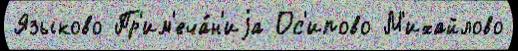
Языково Пр'им'еча́н'иjа Ос'ипово М'ихайлово